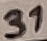
Text: 31